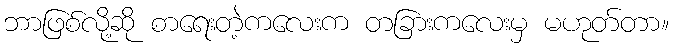
ဘာဖြစ်လို့ဆို စာရေးတဲ့ကလေးက တခြားကလေးမှ မဟုတ်တာ။